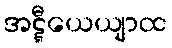
အဋ္ဋီယေယျာထ